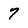
Character: 7